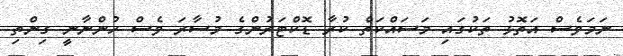
ނަމަވެސް އަތޮޅު ތަކުގައި މަސައްކަތް ކުރާ ޑޮކްޓަރުންގެ މުސާރަ ވެސް ހުންނާނީ ގިންތި